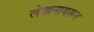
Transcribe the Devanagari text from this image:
लेखनावरून